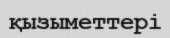
қызыметтері